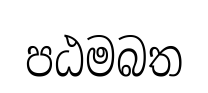
පඨමබත